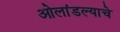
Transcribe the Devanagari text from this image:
ओलांडल्याचे